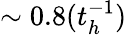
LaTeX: \sim 0.8(t_{h}^{-1})